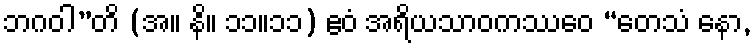
ဘဂဝါ”တိ (အ။ နိ။ ၁၁။၁၁) ဧဝံ အရိယသာဝကဿေဝ “တေသံ နော,